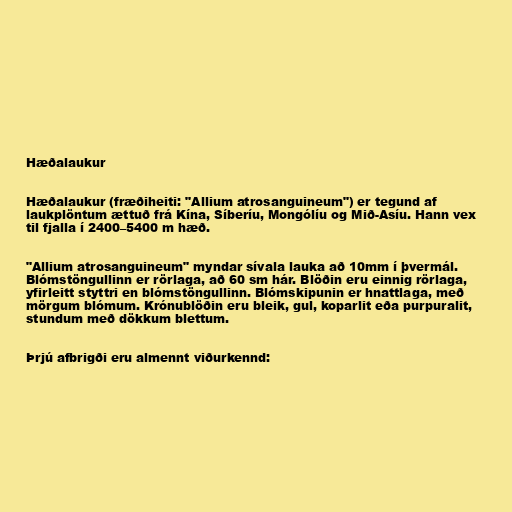
Hæðalaukur

Hæðalaukur (fræðiheiti: "Allium atrosanguineum") er tegund af
laukplöntum ættuð frá Kína, Síberíu, Mongólíu og Mið-Asíu. Hann vex
til fjalla í 2400–5400 m hæð.

"Allium atrosanguineum" myndar sívala lauka að 10mm í þvermál.
Blómstöngullinn er rörlaga, að 60 sm hár. Blöðin eru einnig rörlaga,
yfirleitt styttri en blómstöngullinn. Blómskipunin er hnattlaga, með
mörgum blómum. Krónublöðin eru bleik, gul, koparlit eða purpuralit,
stundum með dökkum blettum.

Þrjú afbrigði eru almennt viðurkennd: